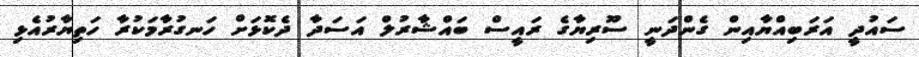
ސައުދީ އަރަބިއްޔާއިން ގެންދަނީ ސޫރިޔާގެ ރައީސް ބައްޝާރުލް އަސަދާ ދެކޮޅަށް ހަނގުރާމަކުރާ ހަތިޔާރުއެޅި